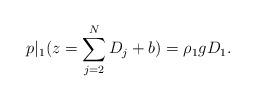
LaTeX: \begin{align*}p|_1(z=\sum_{j=2}^N D_j + b)=\rho_1 g D_1.\end{align*}